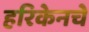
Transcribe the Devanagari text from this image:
हरिकेनचे